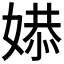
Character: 𫱔